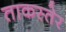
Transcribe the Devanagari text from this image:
ताकस्तेर